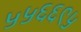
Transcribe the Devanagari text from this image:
५५६६९५